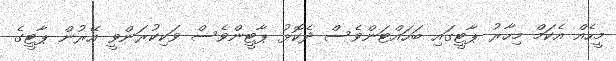
މީހެއް އެކަމް މިހާރު ޕާޓީގައި ބަހައްޓަންވެސް ދެކޮޅު ޕާޓީންވެސް ވަކިކުރަންވީ އޭރުން ޕާޓީގެ